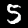
Label: 5